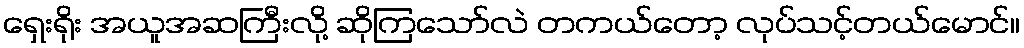
ရှေးရိုး အယူအဆကြီးလို့ ဆိုကြသော်လဲ တကယ်တော့ လုပ်သင့်တယ်မောင်။